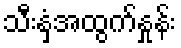
သီးနှံအထွက်နှုန်း